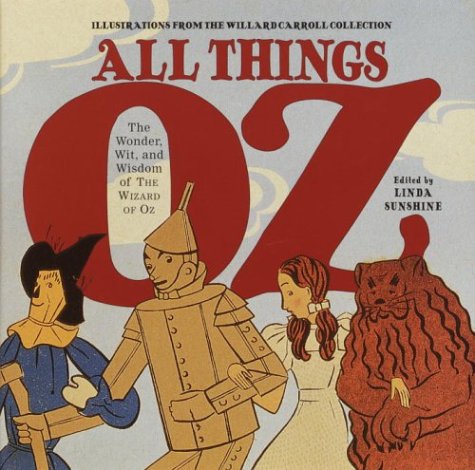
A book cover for All Things Oz: The Wonder, Wit, and Wisdom of The Wizard of Oz; Linda Sunshine; Crafts, Hobbies & Home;